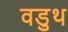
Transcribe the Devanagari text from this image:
वडुथ